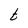
Character: t